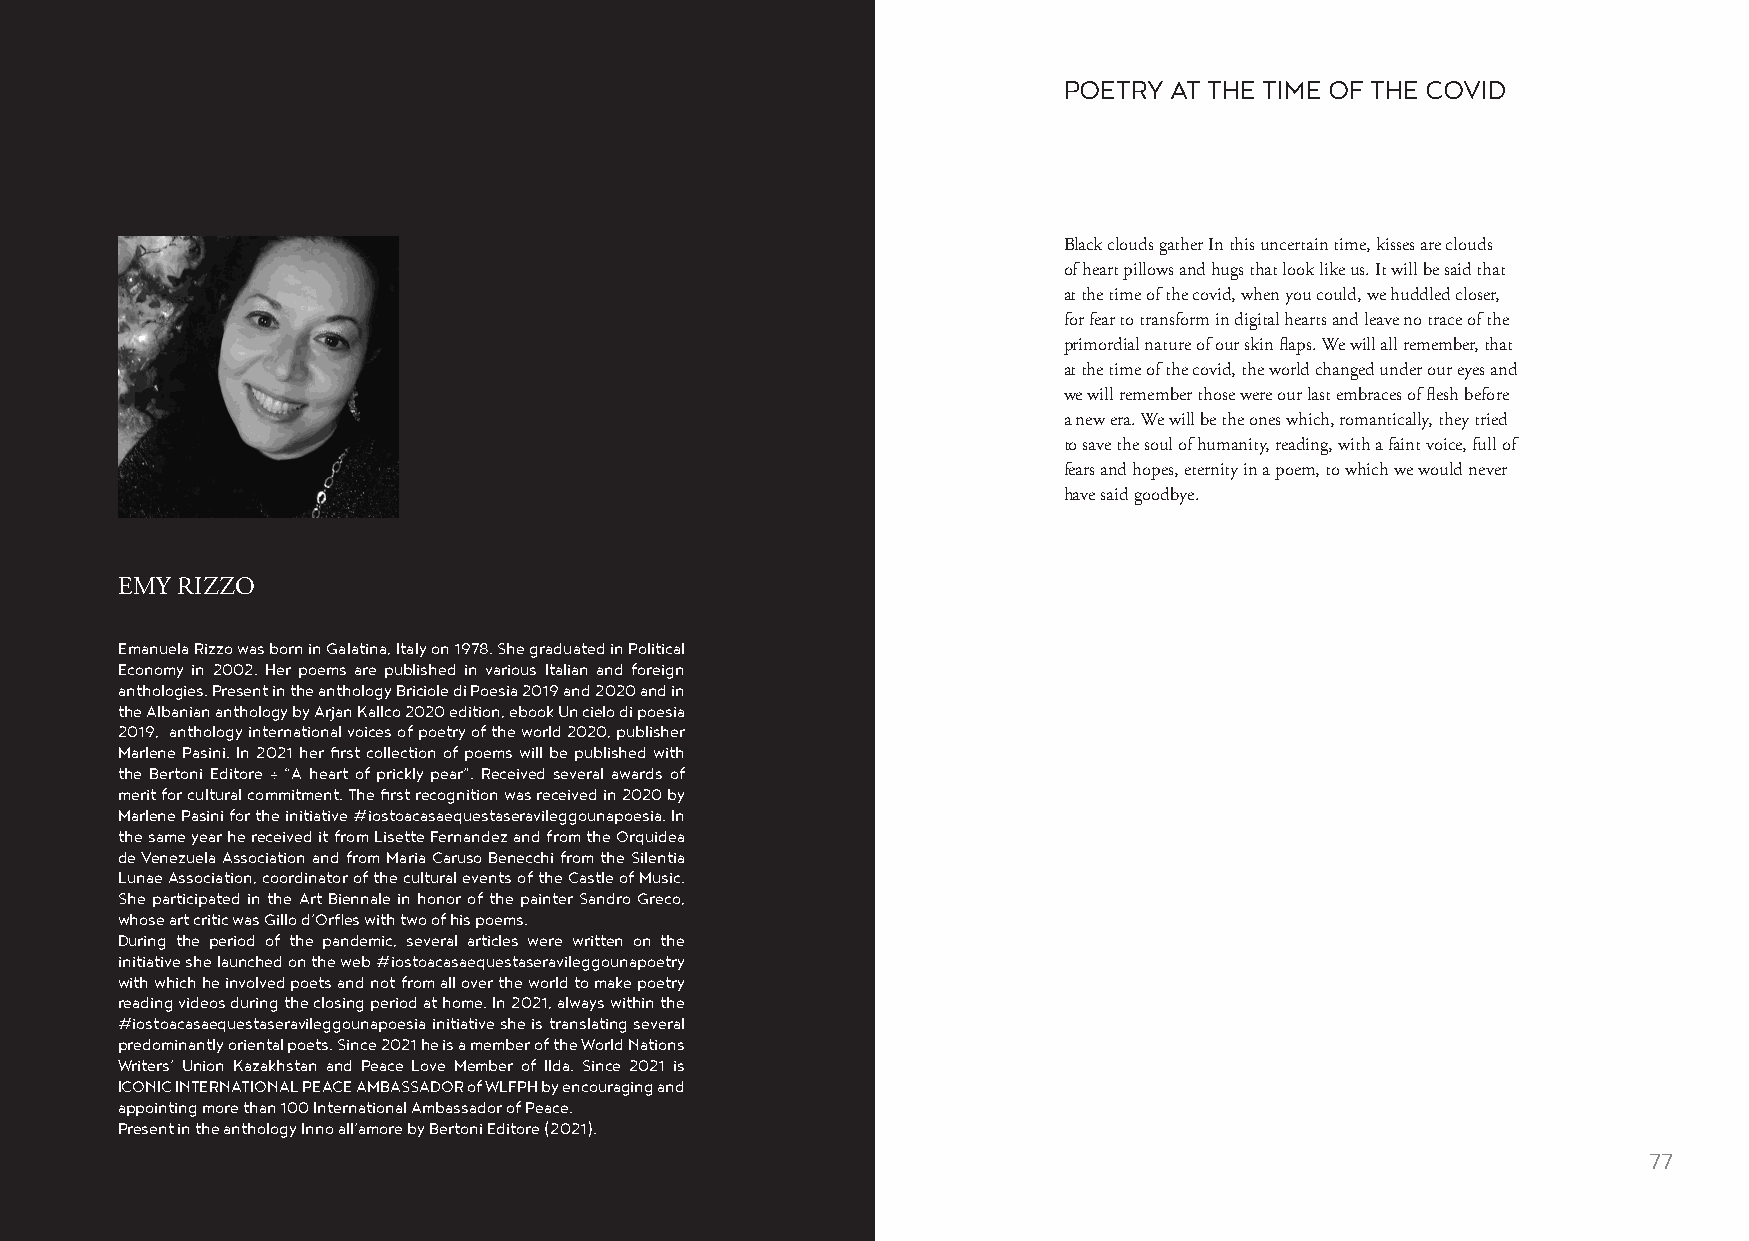
POETRY AT THE TIME OF THE COVID
 Black clouds gather In this uncertain time, kisses are clouds
 of heart pillows and hugs that look like us. It will be said that
 at the time of the covid, when you could, we huddled closer,
 for fear to transform in digital hearts and leave no trace of the
 primordial nature of our skin flaps. We will all remember, that
 at the time of the covid, the world changed under our eyes and
 we will remember those were our last embraces of flesh before
 a new era. We will be the ones which, romantically, they tried
 to save the soul of humanity, reading, with a faint voice, full of
 fears and hopes, eternity in a poem, to which we would never
 have said goodbye.
 EMY RIZZO
 Emanuela Rizzo was born in Galatina, Italy on 1978. She graduated in Political
 Economy in 2002. Her poems are published in various Italian and foreign
 anthologies. Present in the anthology Briciole di Poesia 2019 and 2020 and in
 the Albanian anthology by Arjan Kallco 2020 edition, ebook Un cielo di poesia
 2019, anthology international voices of poetry of the world 2020, publisher
 Marlene Pasini. In 2021 her first collection of poems will be published with
 the Bertoni Editore ÷ “A heart of prickly pear”. Received several awards of
 merit for cultural commitment. The first recognition was received in 2020 by
 Marlene Pasini for the initiative #iostoacasaequestaseravileggounapoesia. In
 the same year he received it from Lisette Fernandez and from the Orquidea
 de Venezuela Association and from Maria Caruso Benecchi from the Silentia
 Lunae Association, coordinator of the cultural events of the Castle of Music.
 She participated in the Art Biennale in honor of the painter Sandro Greco,
 whose art critic was Gillo d’Orfles with two of his poems.
 During the period of the pandemic, several articles were written on the
 initiative she launched on the web #iostoacasaequestaseravileggounapoetry
 with which he involved poets and not from all over the world to make poetry
 reading videos during the closing period at home. In 2021, always within the
 #iostoacasaequestaseravileggounapoesia initiative she is translating several
 predominantly oriental poets. Since 2021 he is a member of the World Nations
 Writers’ Union Kazakhstan and Peace Love Member of IIda. Since 2021 is
 ICONIC INTERNATIONAL PEACE AMBASSADOR of WLFPH by encouraging and
 appointing more than 100 International Ambassador of Peace.
 Present in the anthology Inno all’amore by Bertoni Editore (2021).
 76                                                                                                      77